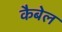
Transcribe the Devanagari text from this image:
कैबेल